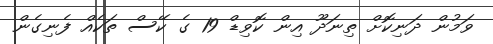
ވަމުން ދަނިކޮށް ތިނަދޫ އިން ކޮވިޑް 19 ގެ ކޭސް ތަކެއް ފެނިގެން